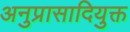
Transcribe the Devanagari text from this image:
अनुप्रासादियुक्त